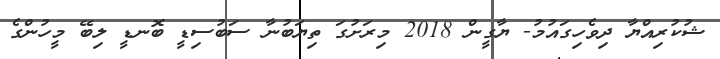
ޝުކުރިއްޔާ ދިވެހިގައުމު- ޔާގީން 2018 މިރަށުގަ ތިޔަބުނާ ސަބުސިޑީ ބޮނޑީ ލިބޭ މީހުންގެ